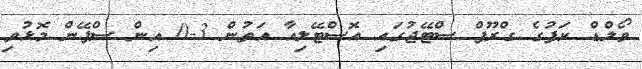
ވޯލްޑް ކަޕުގެ ގްރޫޕް ސްޓޭޖުގައި އޮސްޓޭލިއާ އަތުން 3-0 އިން ސްޕޭން މޮޅުވި